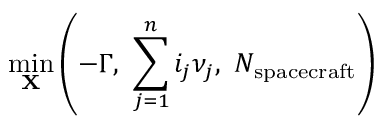
\operatorname* { m i n } _ { \mathbf { X } } \left( - \Gamma , \, \, \sum _ { j = 1 } ^ { n } i _ { j } \nu _ { j } , \, \, N _ { \mathrm { s p a c e c r a f t } } \right)